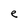
Character: e